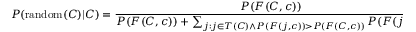
P ( \operatorname { r a n d o m } ( C ) | C ) = { \frac { P ( F ( C , c ) ) } { P ( F ( C , c ) ) + \sum _ { j : j \in T ( C ) \land P ( F ( j , c ) ) > P ( F ( C , c ) ) } P ( F ( j , c ) ) } }